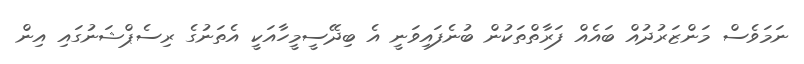
ނަމަވެސް މަންޒަރުދުއް ބައެއް ފަރާތްތަކުން ބުނެފައިވަނީ އެ ބިދޭސީމީހާއަކީ އެތަނުގެ ރިސެޕްޝަނުގައި އިން